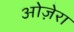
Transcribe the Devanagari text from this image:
ओज़ेरा